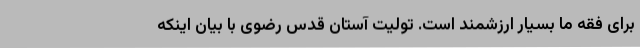
برای فقه ما بسیار ارزشمند است. تولیت آستان قدس رضوی با بیان اینکه